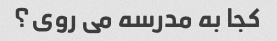
کجا به مدرسه می روی؟